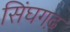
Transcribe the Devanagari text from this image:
सिंघगढ़